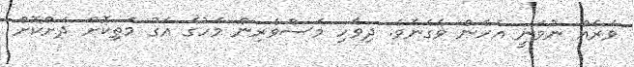
ވަރެއް ނުވަނީ އެހެން ވެގެނެވެ. ދިވެހި މަސްވެރިން މަހުގެ އަގު މަތިކޮށް ދަށްކޮށް